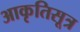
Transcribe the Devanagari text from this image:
आकृतिसूत्र